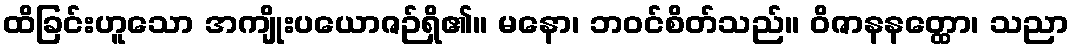
ထိခြင်းဟူသော အကျိုးပယောဇဉ်ရှိ၏။ မနော၊ ဘဝင်စိတ်သည်။ ဝိဇာနနတ္ထော၊ သညာ